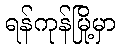
ရန်ကုန်မြို့မှာ